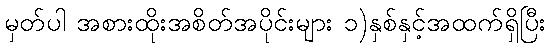
မှတ်ပါ အစားထိုးအစိတ်အပိုင်းများ ၁)နှစ်နှင့်အထက်ရှိပြီး